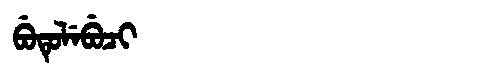
Manchu: ᠪᡠᡨᡠᠯᡝᠪᡠᠴᡳ
Romanization: BUTULEBUCI